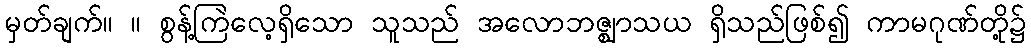
မှတ်ချက်။ ။ စွန့်ကြဲလေ့ရှိသော သူသည် အလောဘဇ္ဈာသယ ရှိသည်ဖြစ်၍ ကာမဂုဏ်တို့၌